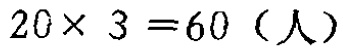
\(20\times 3 = 60 \text{（人）}\)